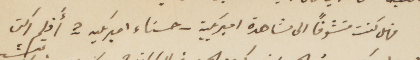
فهل كنت متشوقًا الى مشاهدة أميركية - حسناء أميركية - ؟ أَفلم ركن